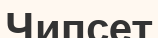
Чипсет